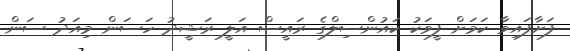
ފަށާފައިވާ ކަމަށް ފީވަކު ކައުންސިލްގެ ރައީސް އަލީ ރަޝީދު ހަސަން މިއަދު ސަން